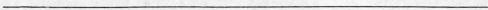
___